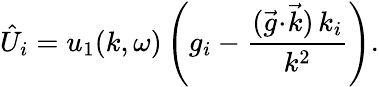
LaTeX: {\hat{U}}_{i}=u_{1}(k,\omega)\left(g_{i}-\frac{(\vec{g}\! \cdot\! \vec{k})\, k_{i}}{k^{2}}\right).